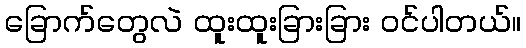
ခြောက်တွေလဲ ထူးထူးခြားခြား ဝင်ပါတယ်။